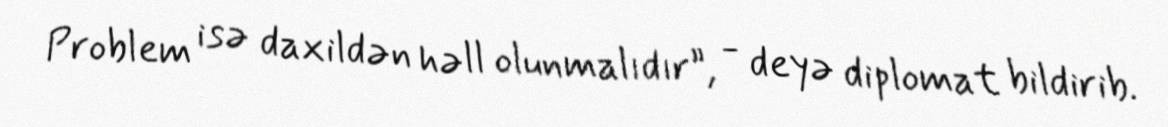
Problem isə daxildən həll olunmalıdır”, - deyə diplomat bildirib.